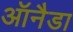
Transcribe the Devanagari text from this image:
ऑनैडा